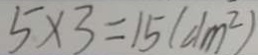
5 \times 3 = 1 5 ( d m ^ { 2 } )